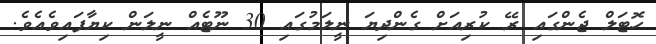
ހޮޓަލް ޖެންގައި ރޭ ކުރިއަށް ގެންދިޔަ ނީލަމުގައި 30 ނޫޓެއް ނީލަން ކިޔާފައިވެއެވެ.